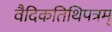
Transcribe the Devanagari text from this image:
वैदिकतिथिपत्रम्